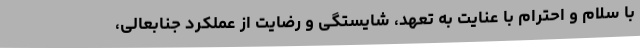
با سلام و احترام با عنایت به تعهد، شایستگی و رضایت از عملکرد جنابعالی،